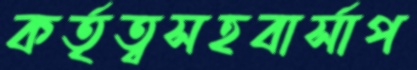
কর্তৃত্বসহবার্সাপ